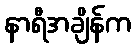
နာရီအချိန်က